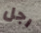
رجل